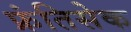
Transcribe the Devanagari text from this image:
फ्रंतिसेक